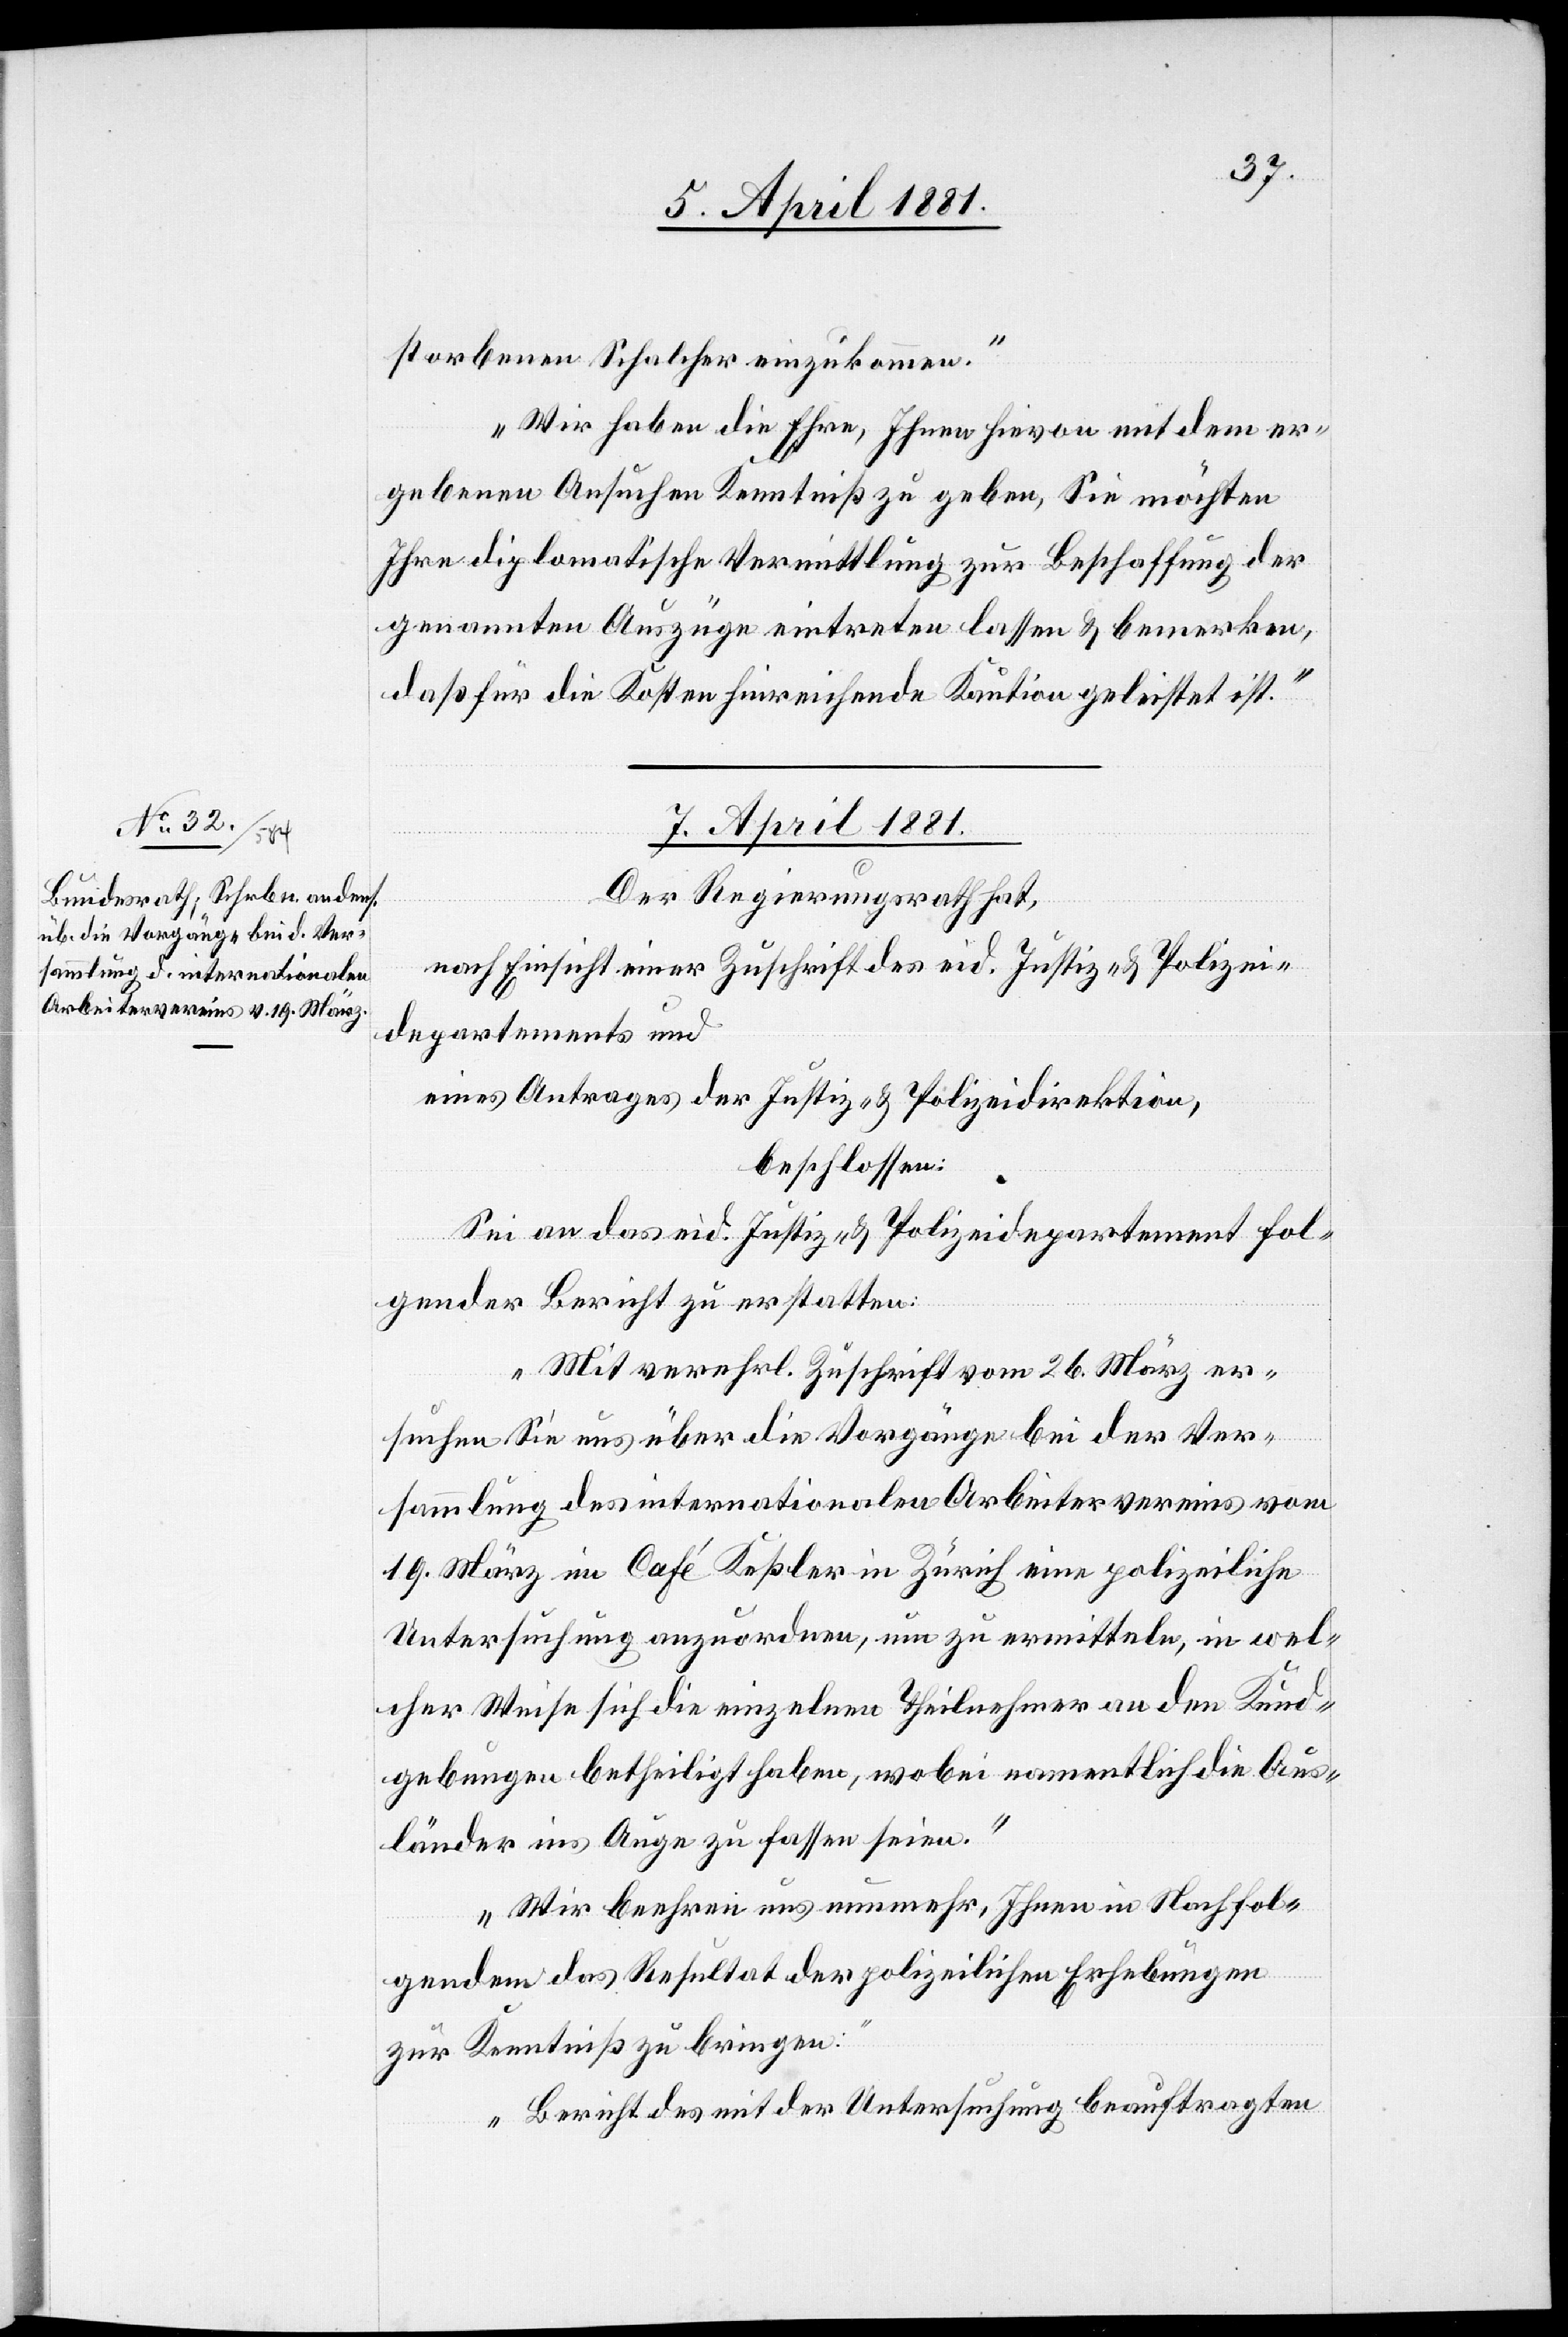
storbenen Schalcher einzukommen.
Wir haben die Ehre, Ihnen hiervon mit dem er¬
gebenen Ansuchen Kenntniß zu geben, Sie möchten
Ihre diplomatische Vermittlung zur Beschaffung der
genannten Auszüge eintreten lassen & bemerken,
daß für die Kosten hinreichende Kaution geleistet ist.“
7. April 1881.
Der Regierungsrath,
nach Einsicht einer Zuschrift des eid. Justiz- & Polizei¬
departements und
eines Antrages der Justiz- & Polizeidirektion,
beschlossen:
Sei an das eid. Justiz.- & Polizeidepartement fol¬
gender Bericht zu erstatten:
„Mit verehrl. Zuschrift vom 26. März er¬
suchen Sie uns über die Vorgänge bei der Ver¬
sammlung des internationalen Arbeitervereins vom
19. März im Café Keßler in Zürich eine polizeiliche
Untersuchung anzuordnen, um zu ermitteln, in wel¬
cher Weise sich die einzelnen Teilnehmer an den Kund¬
gebungen betheiligt haben, wobei namentlich die Aus¬
länder ins Auge zu fassen seien.
Wir beehren uns nunmehr, Ihnen in Nachfol¬
gendem das Resultat der polizeilichen Erhebungen
zur Kenntniß zu bringen:
Bericht des mit der Untersuchung beauftragten